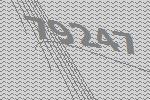
79247